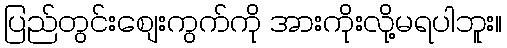
ပြည်တွင်းစျေးကွက်ကို အားကိုးလို့မရပါဘူး။